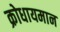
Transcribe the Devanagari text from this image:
क्रोधायमान